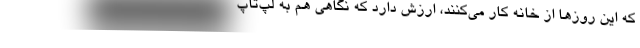
که این روزها از خانه کار می‌کنند، ارزش دارد که نگاهی هم به لپ‌تاپ